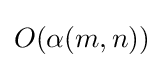
O(\alpha (m,n))